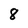
Character: 8